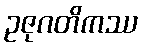
ဥဇုဂတိကဿ